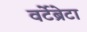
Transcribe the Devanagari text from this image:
वर्टेब्रेटा